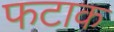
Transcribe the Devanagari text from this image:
फटाक